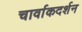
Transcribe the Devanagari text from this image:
चार्वाकदर्शन